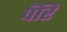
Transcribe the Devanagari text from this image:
पॅरि